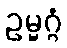
ဥမ္မဂ္ဂံ